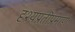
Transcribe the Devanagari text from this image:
दृश्यप्रतीप्रमाणे